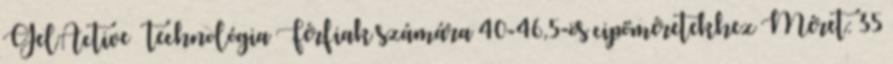
GelActive ™ technológia Férfiak számára 40-46,5-ös cipőméretekhez Méret: 35